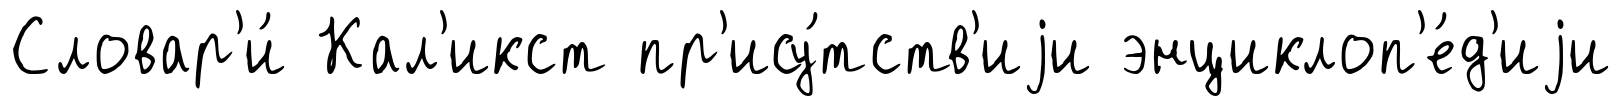
Словар'и́ Кал'икст пр'ису́тств'иjи энциклоп'е́д'иjи